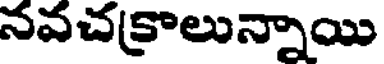
నవచక్రాలున్నాయి